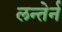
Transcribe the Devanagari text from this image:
लन्तेर्न